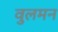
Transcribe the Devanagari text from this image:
वुलमन